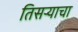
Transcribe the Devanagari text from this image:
तिसऱ्याचा